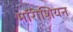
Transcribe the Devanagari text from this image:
मॉरीशियन